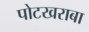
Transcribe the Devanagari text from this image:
पोटखराबा